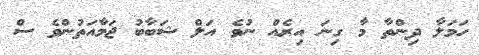
ހަމަލާ ދިންތާ މާ ގިނަ އިރެއް ނުވެ އަލް ޝަބާބު ޖަމާއަތުންވެ ސް